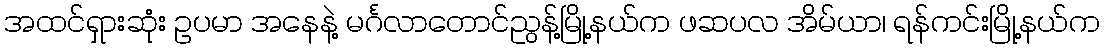
အထင်ရှားဆုံး ဥပမာ အနေနဲ့ မင်္ဂလာတောင်ညွန့်မြို့နယ်က ဖဆပလ အိမ်ယာ၊ ရန်ကင်းမြို့နယ်က